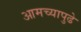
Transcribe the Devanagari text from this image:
आमच्यापुढे